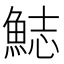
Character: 𩷓